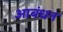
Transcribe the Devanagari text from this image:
आबंधन